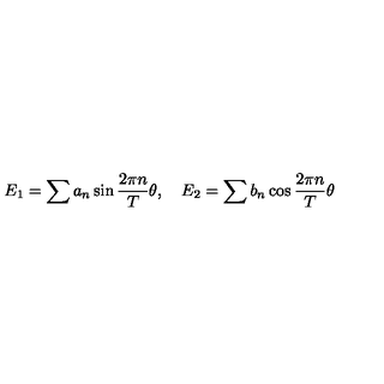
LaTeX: E _ { 1 } = \sum { a _ { n } } \sin \frac { 2 \pi n } { T } \theta , \quad E _ { 2 } = \sum { b _ { n } } \cos \frac { 2 \pi n } { T } \theta